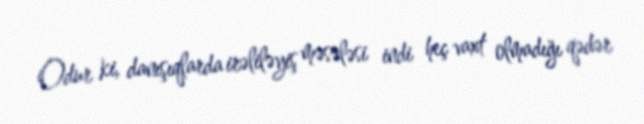
Odur ki, danışıqlarda irəliləyiş məsələsi indi heç vaxt olmadığı qədər